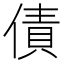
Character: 債